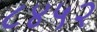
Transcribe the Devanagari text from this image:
८४५२